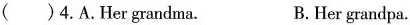
( )4 .A. Her grandma. B. Her grandpa.